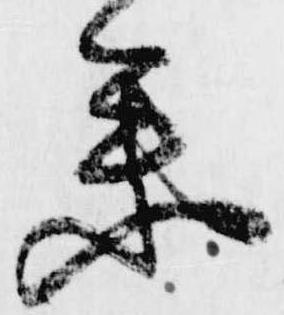
参